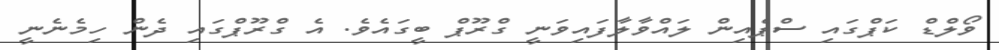
ވޯލްޑް ކަޕްގައި ސްޕެއިން ލައްވާލާފައިވަނީ ގްރޫޕް ބީގައެވެ. އެ ގްރޫޕްގައި ދެން ހިމެނެނީ